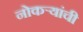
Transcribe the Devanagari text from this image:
नोकऱ्यांची